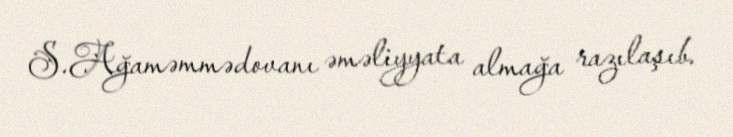
S.Ağaməmmədovanı əməliyyata almağa razılaşıb.